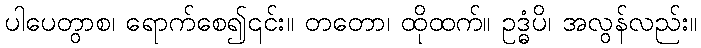
ပါပေတွာစ၊ ရောက်စေ၍၎င်း။ တတော၊ ထိုထက်။ ဥဒ္ဓံပိ၊ အလွန်လည်း။